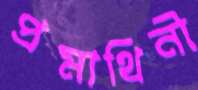
প্রমাথিনী